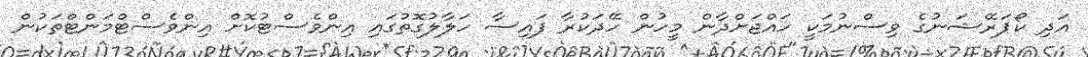
އަދި ކޯޕަރޭޝަނުގެ ވިސްނުމަކީ ހައްޖަށްދާން މީހުން ހޭދަކުރާ ފައިސާ ހަލާލުގޮތުގައި އިންވެސްޓުކޮށް އިންވެސްޓްމަންޓްތަކުން